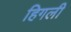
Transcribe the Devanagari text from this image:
हिगली